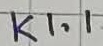
Text: K1.1